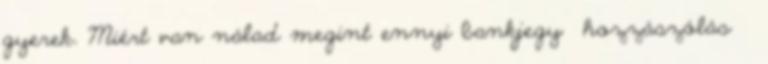
gyerek. Miért van nálad megint ennyi bankjegy hozzászólás ·